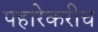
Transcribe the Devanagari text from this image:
पहारेकरीच